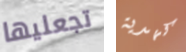
تجعليها كهدية